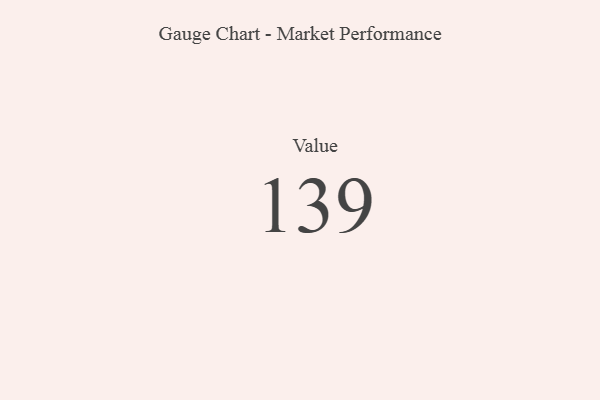
{"axis": {"x": "Metric", "y": "Value"}, "legend": [""], "data": [{"x": "Value", "y": 139, "type": ""}]}